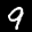
Label: 9